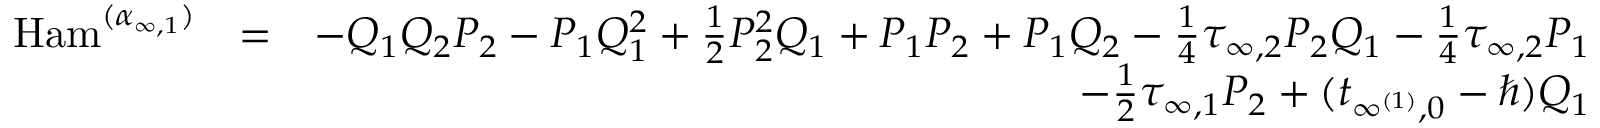
\begin{array} { r l r } { \mathrm { H a m } ^ { ( \boldsymbol { \alpha } _ { { \infty , 1 } } ) } } & { = } & { - Q _ { 1 } Q _ { 2 } P _ { 2 } - P _ { 1 } Q _ { 1 } ^ { 2 } + \frac { 1 } { 2 } P _ { 2 } ^ { 2 } Q _ { 1 } + P _ { 1 } P _ { 2 } + P _ { 1 } Q _ { 2 } - \frac { 1 } { 4 } \tau _ { \infty , 2 } P _ { 2 } Q _ { 1 } - \frac { 1 } { 4 } \tau _ { \infty , 2 } P _ { 1 } } \\ & { } & { - \frac { 1 } { 2 } \tau _ { \infty , 1 } P _ { 2 } + ( t _ { \infty ^ { ( 1 ) } , 0 } - \hbar ) Q _ { 1 } } \end{array}